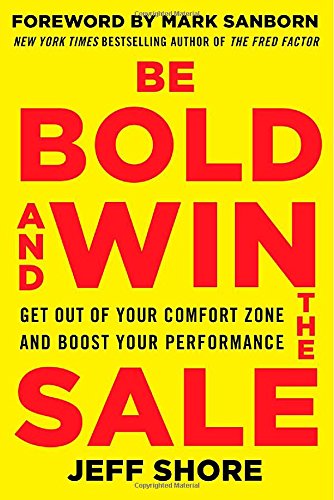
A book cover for Be Bold and Win the Sale: Get Out of Your Comfort Zone and Boost Your Performance; Jeff Shore; Business & Money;